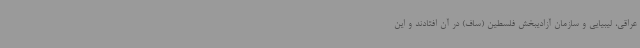
عراقی، لیبیایی و سازمان آزادیبخش فلسطین (ساف) در آن افتادند و این